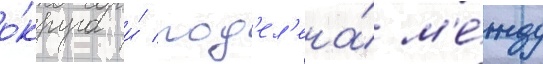
о́круга и́ под'ел'ена́ м'е́жду